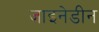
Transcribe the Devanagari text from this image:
जाइनेडीन